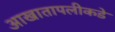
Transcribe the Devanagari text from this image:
आखातापलीकडे